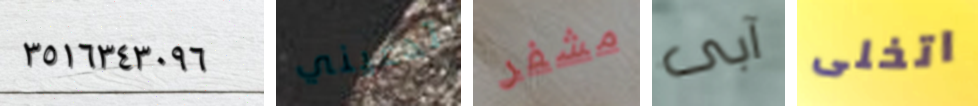
٣٥١٦٣٤٣٠٩٦ تدعيني مشفر آبى اتخلى